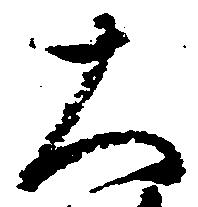
大